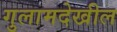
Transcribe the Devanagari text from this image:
गुलामदेखील